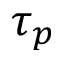
\tau _ { p }